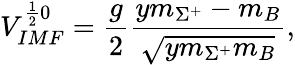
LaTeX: V_{IMF}^{\frac{1}{2}0}=\frac{g}{2}\frac{ym_{\Sigma^{+}}-m_{B}}{\sqrt{ym_{\Sigma^{+}}m_{B}}},